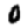
Digit: 0